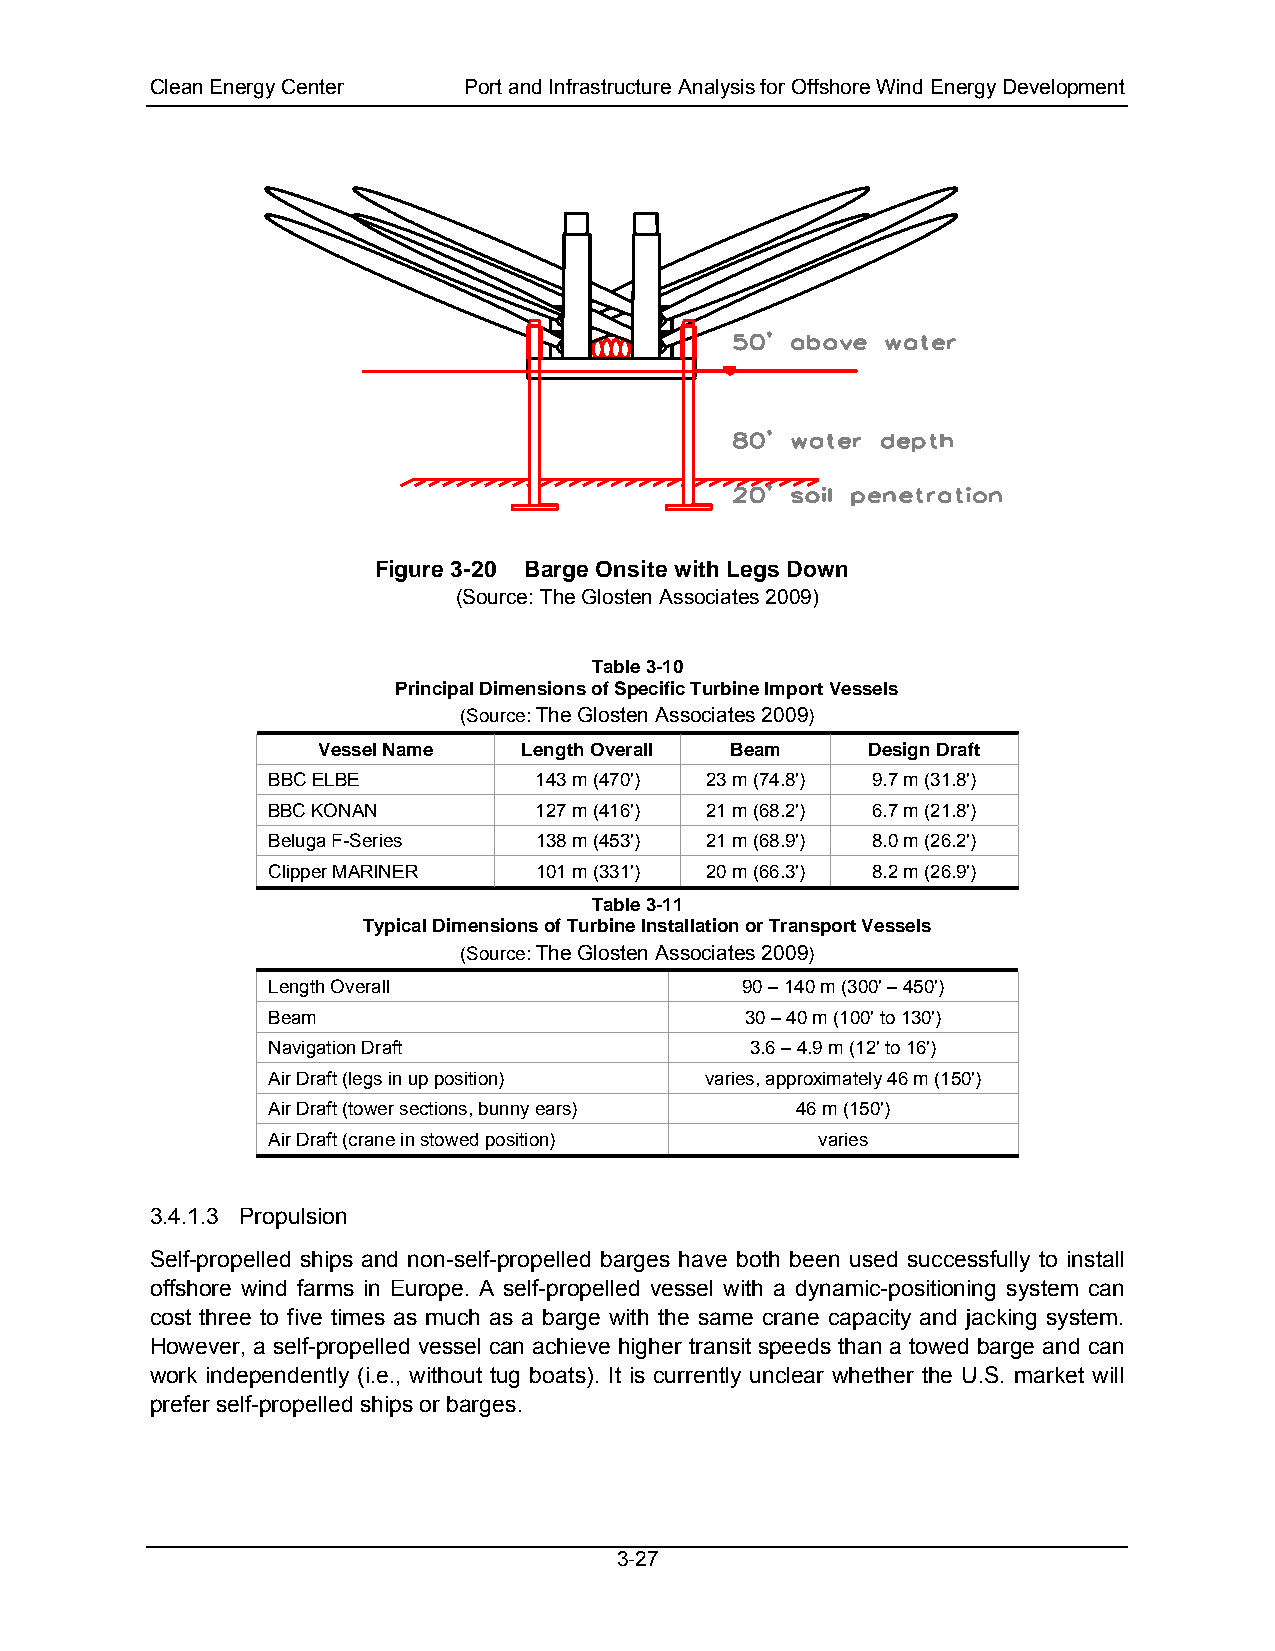
Clean Energy Center  Port and Infrastructure Analysis for Offshore Wind Energy Development
 Figure 3-20 Barge Onsite with Legs Down
 (Source: The Glosten Associates 2009)
 Table 3-10
 Principal Dimensions of Specific Turbine Import Vessels
 (Source: The Glosten Associates 2009)
 Vessel Name   Length Overall Beam    Design Draft
 BBC ELBE         143 m (470') 23 m (74.8') 9.7 m (31.8')
 BBC KONAN        127 m (416') 21 m (68.2') 6.7 m (21.8')
 Beluga F-Series  138 m (453') 21 m (68.9') 8.0 m (26.2')
 Clipper MARINER  101 m (331') 20 m (66.3') 8.2 m (26.9')
 Table 3-11
 Typical Dimensions of Turbine Installation or Transport Vessels
 (Source: The Glosten Associates 2009)
 Length Overall                 90 – 140 m (300' – 450')
 Beam                           30 – 40 m (100' to 130')
 Navigation Draft                3.6 – 4.9 m (12' to 16')
 Air Draft (legs in up position) varies, approximately 46 m (150')
 Air Draft (tower sections, bunny ears) 46 m (150')
 Air Draft (crane in stowed position) varies
 3.4.1.3 Propulsion
 Self-propelled ships and non-self-propelled barges have both been used successfully to install
 offshore wind farms in Europe. A self-propelled vessel with a dynamic-positioning system can
 cost three to five times as much as a barge with the same crane capacity and jacking system.
 However, a self-propelled vessel can achieve higher transit speeds than a towed barge and can
 work independently (i.e., without tug boats). It is currently unclear whether the U.S. market will
 prefer self-propelled ships or barges.
 3-27